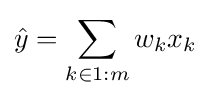
{\hat {y}}=\sum _{k\in 1:m}w_{k}x_{k}